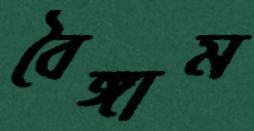
বৈঙ্গাম